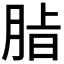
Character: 𮌖